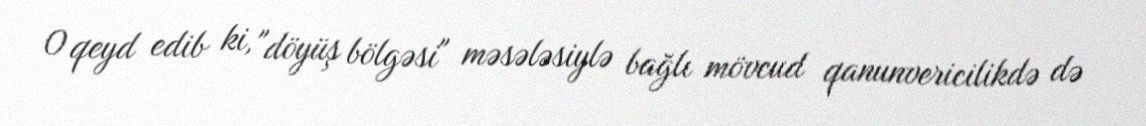
O qeyd edib ki, "döyüş bölgəsi" məsələsiylə bağlı mövcud qanunvericilikdə də